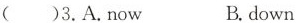
( )3.A.now B.down